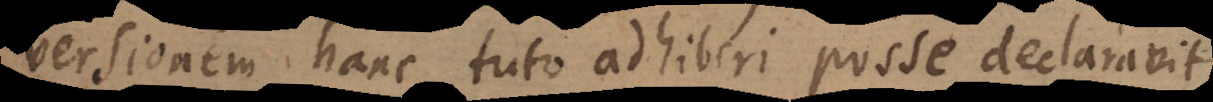
versionem hanc tuto adhiberi posse declaravit.